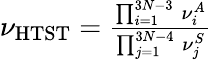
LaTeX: \begin{array}{r}{\nu_{\mathrm{HTST}}=\frac{\prod_{i=1}^{3N-3}\, \nu_{i}^{A}}{\prod_{j=1}^{3N-4}\, \nu_{j}^{S}}}\end{array}